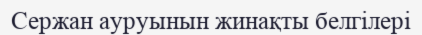
Сержан ауруынын жинақты белгілері